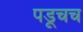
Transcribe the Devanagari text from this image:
पडूचच